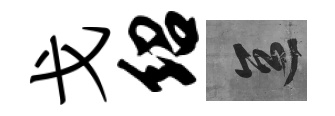
戈绍區